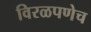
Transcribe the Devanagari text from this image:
विरळपणेच